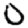
Digit: 0